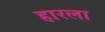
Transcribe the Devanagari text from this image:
हारला